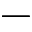
-